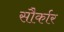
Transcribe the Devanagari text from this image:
सौर्कार